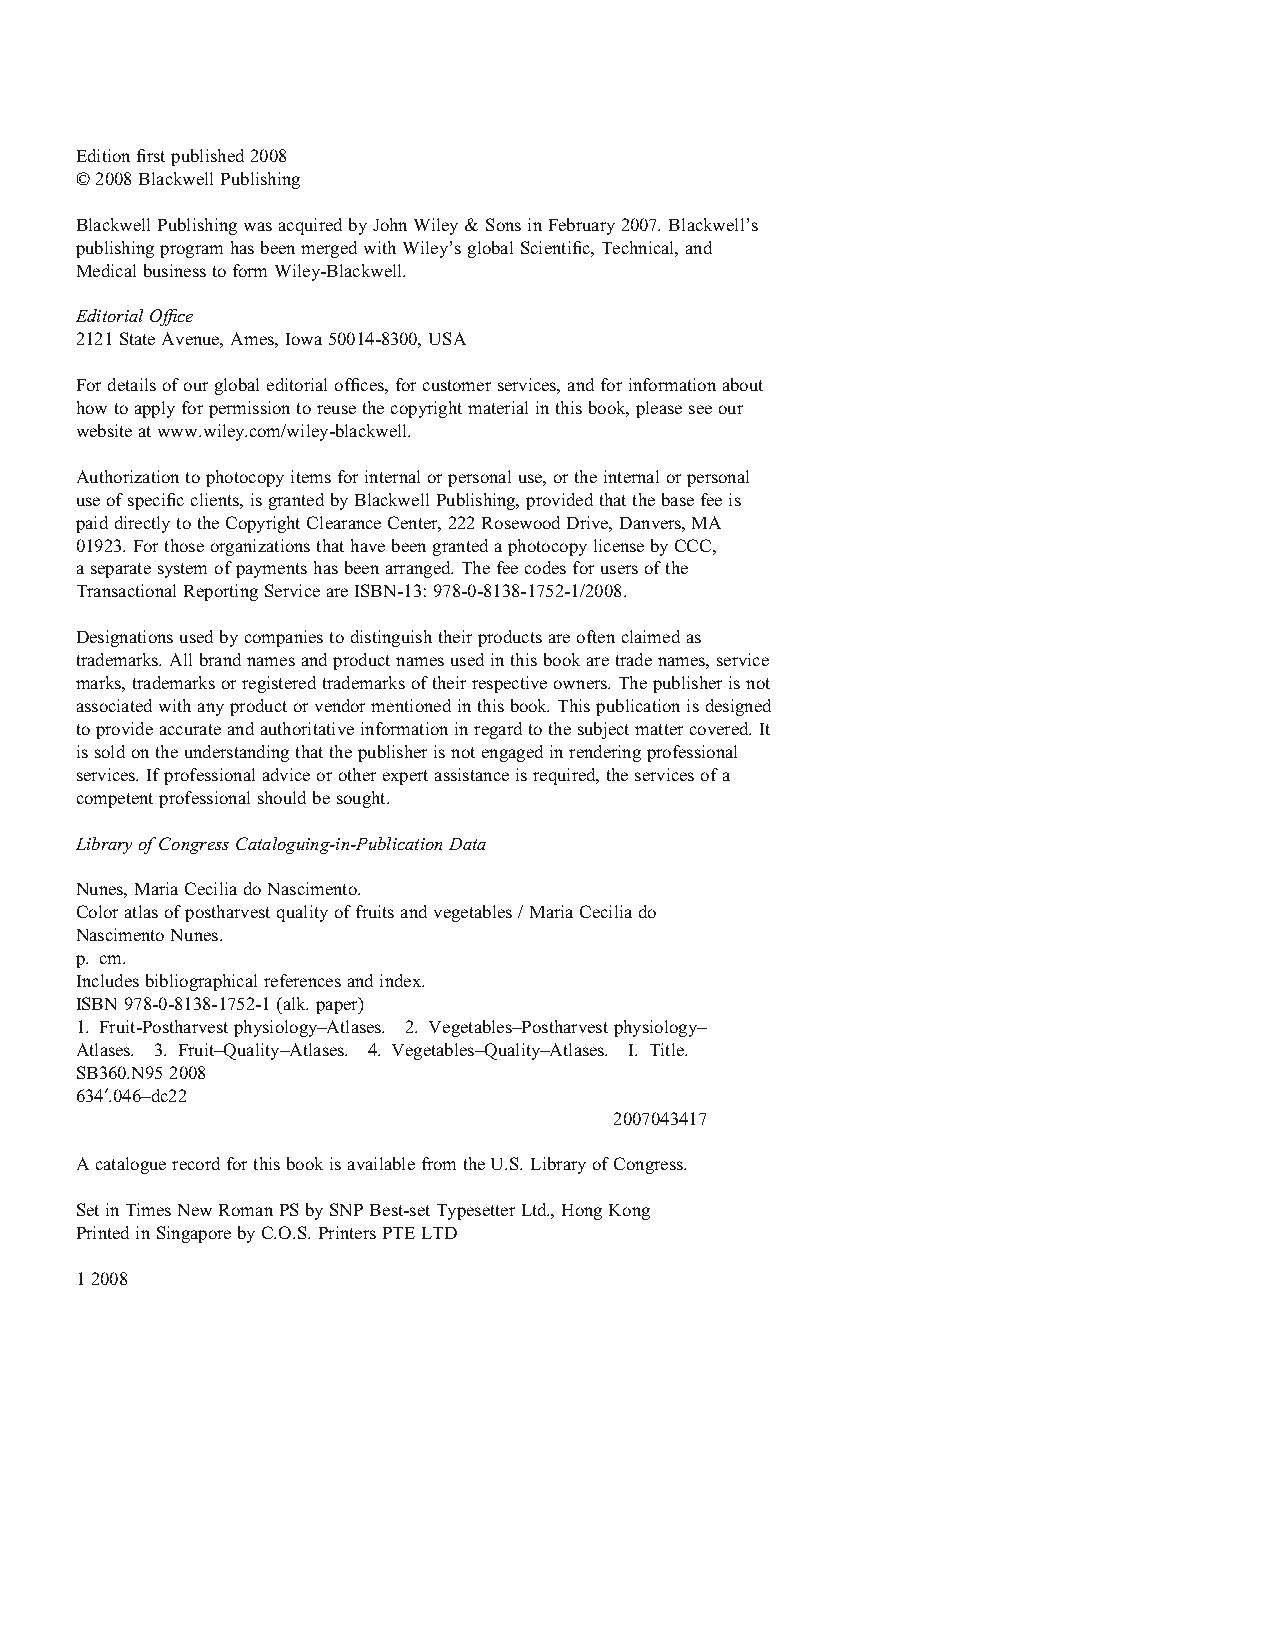
Edition fi rst published 2008
 © 2008 Blackwell Publishing
 Blackwell Publishing was acquired by John Wiley & Sons in February 2007. Blackwell’s
 publishing program has been merged with Wiley’s global Scientifi c, Technical, and
 Medical business to form Wiley-Blackwell.
 Editorial Offi ce
 2121 State Avenue, Ames, Iowa 50014-8300, USA
 For details of our global editorial offi ces, for customer services, and for information about
 how to apply for permission to reuse the copyright material in this book, please see our
 website at www.wiley.com/wiley-blackwell.
 Authorization to photocopy items for internal or personal use, or the internal or personal
 use of specifi c clients, is granted by Blackwell Publishing, provided that the base fee is
 paid directly to the Copyright Clearance Center, 222 Rosewood Drive, Danvers, MA
 01923. For those organizations that have been granted a photocopy license by CCC,
 a separate system of payments has been arranged. The fee codes for users of the
 Transactional Reporting Service are ISBN-13: 978-0-8138-1752-1/2008.
 Designations used by companies to distinguish their products are often claimed as
 trademarks. All brand names and product names used in this book are trade names, service
 marks, trademarks or registered trademarks of their respective owners. The publisher is not
 associated with any product or vendor mentioned in this book. This publication is designed
 to provide accurate and authoritative information in regard to the subject matter covered. It
 is sold on the understanding that the publisher is not engaged in rendering professional
 services. If professional advice or other expert assistance is required, the services of a
 competent professional should be sought.
 Library of Congress Cataloguing-in-Publication Data
 Nunes, Maria Cecilia do Nascimento.
 Color atlas of postharvest quality of fruits and vegetables / Maria Cecilia do
 Nascimento Nunes.
 p. cm.
 Includes bibliographical references and index.
 ISBN 978-0-8138-1752-1 (alk. paper)
 1. Fruit-Postharvest physiology–Atlases. 2. Vegetables–Postharvest physiology–
 Atlases. 3. Fruit–Quality–Atlases. 4. Vegetables–Quality–Atlases. I. Title.
 SB360.N95 2008
 634′.046–dc22
 2007043417
 A catalogue record for this book is available from the U.S. Library of Congress.
 Set in Times New Roman PS by SNP Best-set Typesetter Ltd., Hong Kong
 Printed in Singapore by C.O.S. Printers PTE LTD
 1 2008